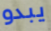
يبدو